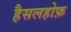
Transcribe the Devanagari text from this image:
हैसलहोफ़